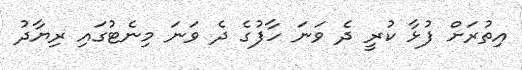
އިތުރަށް ފުޅާ ކުރީ ދެ ވަނަ ހާފުގެ ދެ ވަނަ މިނެޓުގައި ރިޔާދު